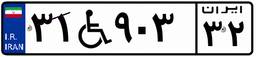
۳۱W۹۰۳۳۲